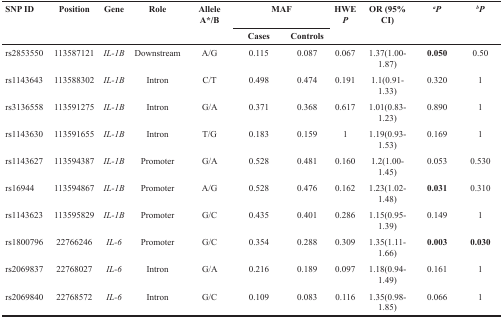
| <ROWSPAN=2> SNP ID | <ROWSPAN=2> Position | <ROWSPAN=2> Gene | <ROWSPAN=2> Role | <ROWSPAN=2> Allele A*/B | <COLSPAN=2> MAF | <ROWSPAN=2> HWE P | <ROWSPAN=2> OR (95% CI) | <ROWSPAN=2> aP | <ROWSPAN=2> bP |
 | Cases | Controls |
 | --- | --- | --- | --- | --- | --- | --- | --- | --- | --- | --- |
 | rs2853550 | 113587121 | IL-1B | Downstream | A/G | 0.115 | 0.087 | 0.067 | 1.37(1.00-1.87) | 0.050 | 0.50 |
 | rs1143643 | 113588302 | IL-1B | Intron | C/T | 0.498 | 0.474 | 0.191 | 1.1(0.91-1.33) | 0.320 | 1 |
 | rs3136558 | 113591275 | IL-1B | Intron | G/A | 0.371 | 0.368 | 0.617 | 1.01(0.83-1.23) | 0.890 | 1 |
 | rs1143630 | 113591655 | IL-1B | Intron | T/G | 0.183 | 0.159 | 1 | 1.19(0.93-1.53) | 0.169 | 1 |
 | rs1143627 | 113594387 | IL-1B | Promoter | G/A | 0.528 | 0.481 | 0.160 | 1.2(1.00-1.45) | 0.053 | 0.530 |
 | rs16944 | 113594867 | IL-1B | Promoter | A/G | 0.528 | 0.476 | 0.162 | 1.23(1.02-1.48) | 0.031 | 0.310 |
 | rs1143623 | 113595829 | IL-1B | Promoter | G/C | 0.435 | 0.401 | 0.286 | 1.15(0.95-1.39) | 0.149 | 1 |
 | rs1800796 | 22766246 | IL-6 | Promoter | G/C | 0.354 | 0.288 | 0.309 | 1.35(1.11-1.66) | 0.003 | 0.030 |
 | rs2069837 | 22768027 | IL-6 | Intron | G/A | 0.216 | 0.189 | 0.097 | 1.18(0.94-1.49) | 0.161 | 1 |
 | rs2069840 | 22768572 | IL-6 | Intron | G/C | 0.109 | 0.083 | 0.116 | 1.35(0.98-1.85) | 0.066 | 1 |